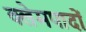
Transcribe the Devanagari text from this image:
क्लेमपादों